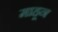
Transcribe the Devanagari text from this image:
माहून